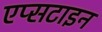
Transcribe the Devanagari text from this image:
एप्सटाइन